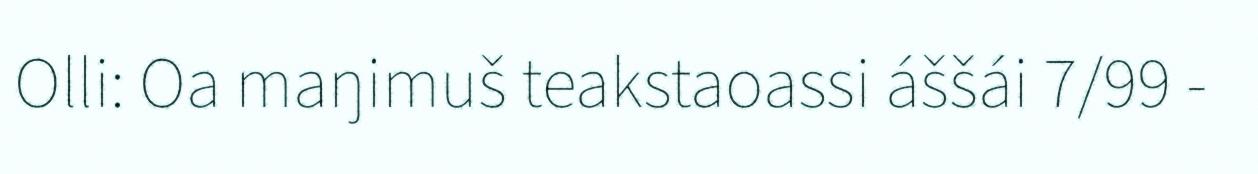
Olli: Oa maŋimuš teakstaoassi áššái 7/99 -